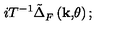
i T ^ { - 1 } \tilde { \Delta } _ { F } ^ { } \left( \mathbf { k , } \theta \right) ;